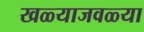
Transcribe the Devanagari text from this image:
खळ्याजवळ्या